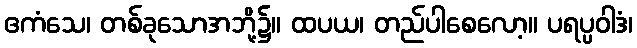
ဧကံသေ၊ တစ်ခုသောအဘို့၌။ ထပယ၊ တည်ပါစေလော့။ ပရပ္ပဝါဒံ၊